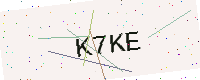
Text: K7KE